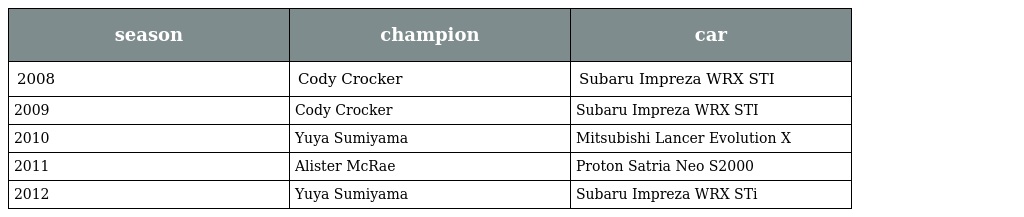
| season | champion | car |
 | --- | --- | --- |
 | 2008 | Cody Crocker | Subaru Impreza WRX STI |
 | 2009 | Cody Crocker | Subaru Impreza WRX STI |
 | 2010 | Yuya Sumiyama | Mitsubishi Lancer Evolution X |
 | 2011 | Alister McRae | Proton Satria Neo S2000 |
 | 2012 | Yuya Sumiyama | Subaru Impreza WRX STi |